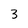
Character: 3